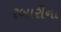
રબારીના